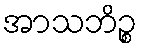
အာသဘိဉ္စ